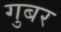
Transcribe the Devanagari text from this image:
गुबर